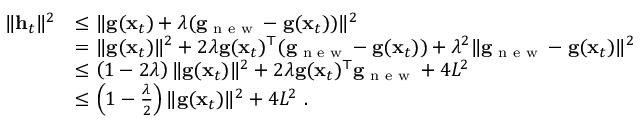
\begin{array} { r l } { \| { \mathbf h _ { t } } \| ^ { 2 } } & { \leq \| { \mathbf g ( \mathbf x _ { t } ) + \lambda ( \mathbf g _ { \textnormal { n e w } } - \mathbf g ( \mathbf x _ { t } ) ) } \| ^ { 2 } } \\ & { = \| \mathbf g ( \mathbf x _ { t } ) \| ^ { 2 } + 2 \lambda \mathbf g ( \mathbf x _ { t } ) ^ { \top } ( \mathbf g _ { \textnormal { n e w } } - \mathbf g ( \mathbf x _ { t } ) ) + \lambda ^ { 2 } \| \mathbf g _ { \textnormal { n e w } } - \mathbf g ( \mathbf x _ { t } ) \| ^ { 2 } } \\ & { \leq \left( 1 - 2 \lambda \right) \| \mathbf g ( \mathbf x _ { t } ) \| ^ { 2 } + 2 \lambda \mathbf g ( \mathbf x _ { t } ) ^ { \top } \mathbf g _ { \textnormal { n e w } } + 4 L ^ { 2 } } \\ & { \leq \left( 1 - \frac { \lambda } { 2 } \right) \| \mathbf g ( \mathbf x _ { t } ) \| ^ { 2 } + 4 L ^ { 2 } ~ . } \end{array}